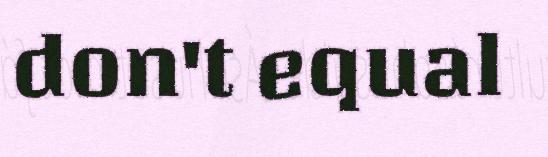
don't equal